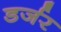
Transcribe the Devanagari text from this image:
डर्जर